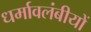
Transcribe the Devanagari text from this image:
धर्मावलंबीयों